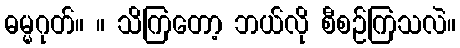
ဓမ္မဂုတ်။ ။ သိကြတော့ ဘယ်လို စီစဉ်ကြသလဲ။